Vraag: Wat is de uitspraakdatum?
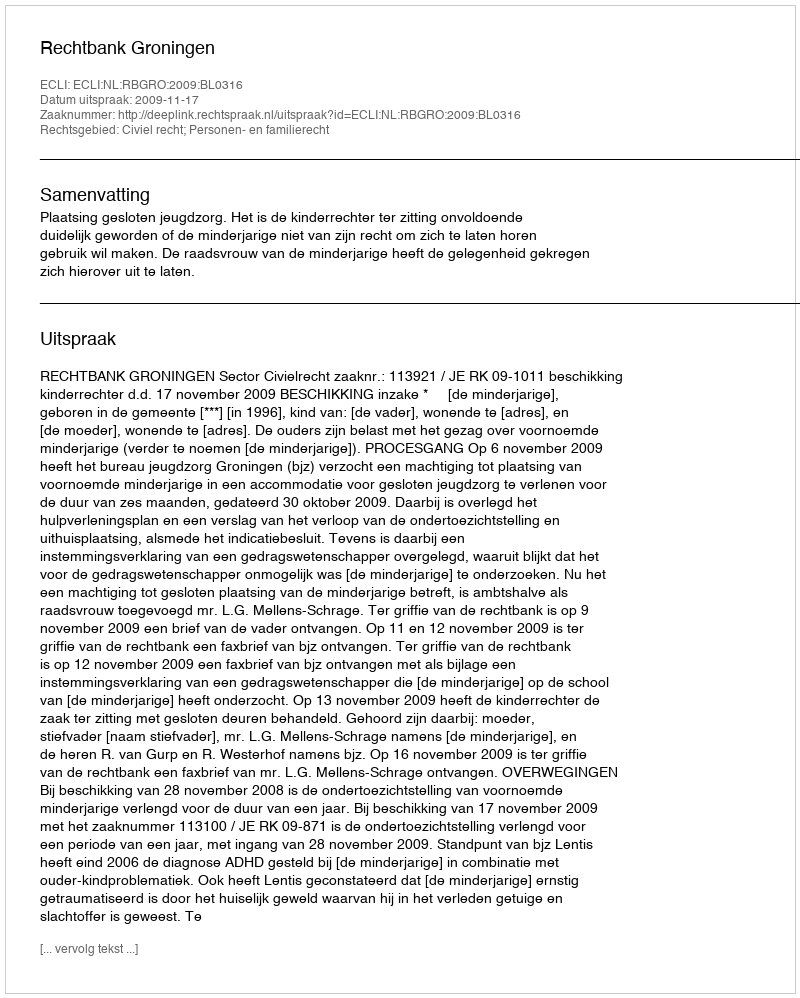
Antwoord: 2009-11-17